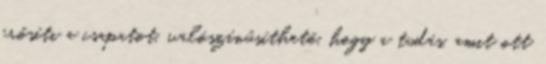
erősíti a csapatot, valószínűsíthető, hogy a tudás, amit ott